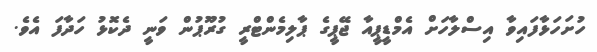
ހުށަހަޅާފައިވާ އިސްލާހަށް އެމްޑީޕީއާ ޖޭޕީގެ ޕާލިމެންޓްރީ ގުރޫޕުން ވަނީ ދެކޮޅު ހަދާފަ އެވެ.